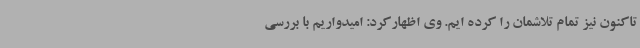
تاکنون نیز تمام تلاشمان را کرده ایم. وی اظهارکرد: امیدواریم با بررسی